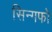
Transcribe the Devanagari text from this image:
सिन्गफो